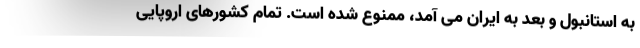
به استانبول و بعد به ایران می آمد، ممنوع شده است. تمام کشورهای اروپایی